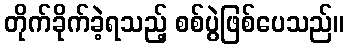
တိုက်ခိုက်ခဲ့ရသည့် စစ်ပွဲဖြစ်ပေသည်။